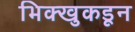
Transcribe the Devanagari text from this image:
भिक्खुकडून